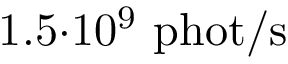
1 . 5 { \cdot } 1 0 ^ { 9 } \ \mathrm { p h o t } / \mathrm { s }